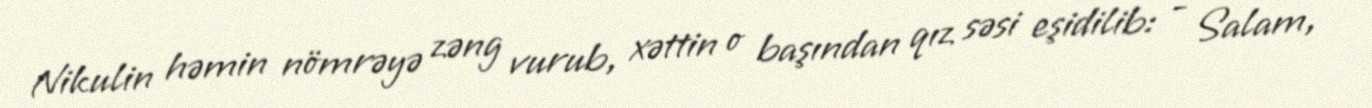
Nikulin həmin nömrəyə zəng vurub, xəttin o başından qız səsi eşidilib: - Salam,